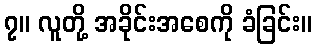
၇။ လူတို့ အခိုင်းအစေကို ခံခြင်း။